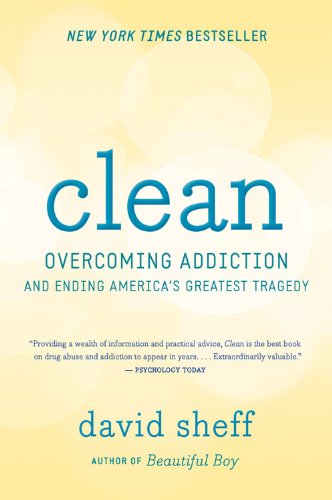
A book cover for Clean: Overcoming Addiction and Ending AmericaEEs Greatest Tragedy; David Sheff; Health, Fitness & Dieting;